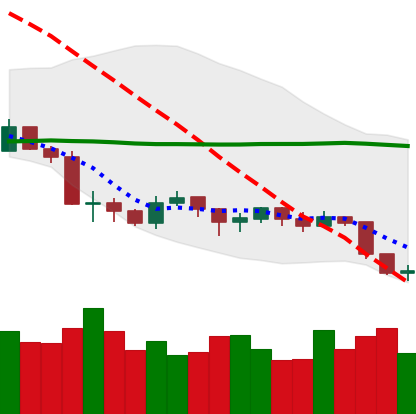
Ticker: LTC-USD
Chart end date: 2019-08-30
Forward return: 4.59%
Label: up_3_5